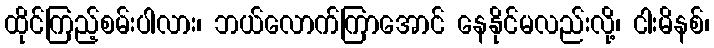
ထိုင်ကြည့်စမ်းပါလား၊ ဘယ်လောက်ကြာအောင် နေနိုင်မလည်းလို့၊ ငါးမိနစ်၊